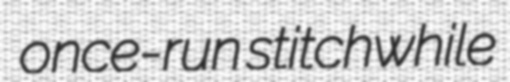
once-run stitchwhile